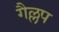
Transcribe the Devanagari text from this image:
गैल्लप